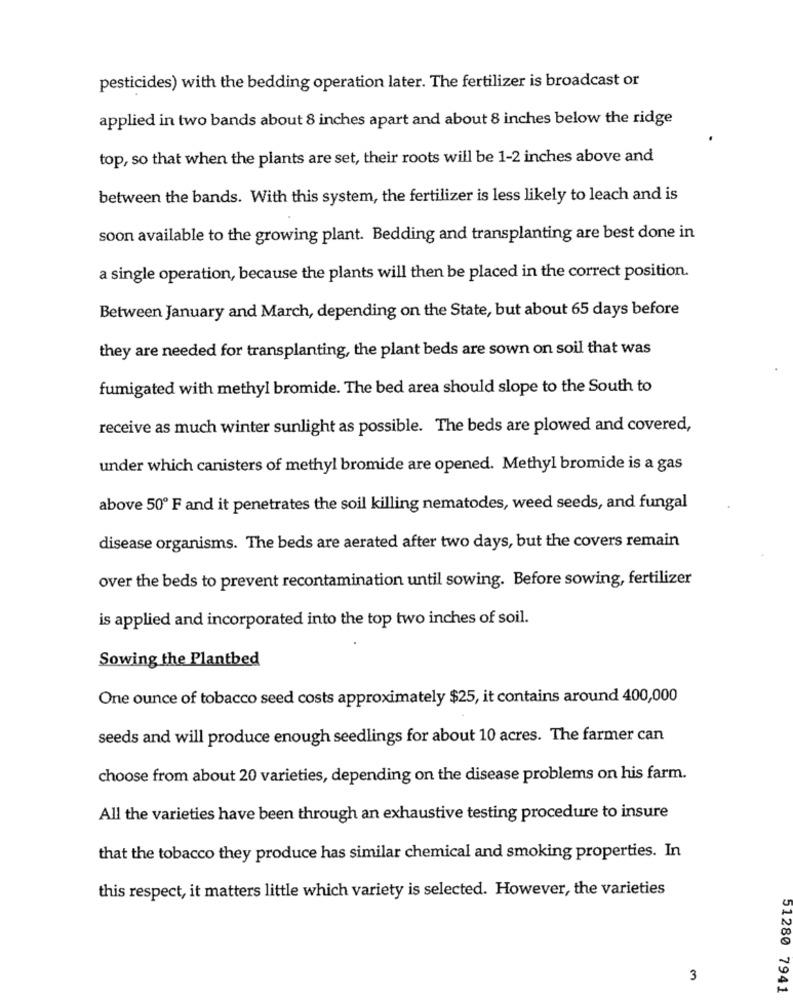
pesticides) with the bedding operation later. The fertilizer is broadcast or
applied in two bands about 8 inches apart and about 8 inches below the ridge
top, so that when the plants are set, their roots will be 1-2 inches above and
between the bands. With this system, the fertilizer is less likely to leach and is
soon available to the growing plant. Bedding and transplanting are best done in
a single operation, because the plants will then be placed in the correct position.
Between January and March, depending on the State, but about 65 days before
they are needed for transplanting, the plant beds are sown on soil that was
fumigated with methyl bromide. The bed area should slope to the South to
receive as much winter sunlight as possible. The beds are plowed and covered,
under which canisters of methyl bromide are opened. Methyl bromide is a gas
above 50º F and it penetrates the soil killing nematodes, weed seeds, and fungal
disease organisms. The beds are aerated after two days, but the covers remain
over the beds to prevent recontamination until sowing. Before sowing, fertilizer
is applied and incorporated into the top two inches of soil.
Sowing the Plantbed
One ounce of tobacco seed costs approximately $25, it contains around 400,000
seeds and will produce enough seedlings for about 10 acres. The farmer can
choose from about 20 varieties, depending on the disease problems on his farm.
All the varieties have been through an exhaustive testing procedure to insure
that the tobacco they produce has similar chemical and smoking properties. In
this respect, it matters little which variety is selected. However, the varieties
3
51280 7941